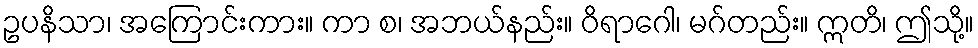
ဥပနိသာ၊ အကြောင်းကား။ ကာ စ၊ အဘယ်နည်း။ ဝိရာဂေါ၊ မဂ်တည်း။ ဣတိ၊ ဤသို့။